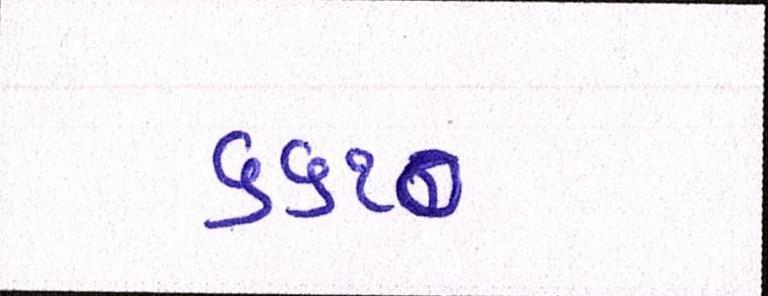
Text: ૬૬૧૦